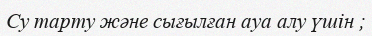
Су тарту және сығылған ауа алу үшін ;